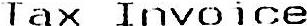
TAX INVOICE